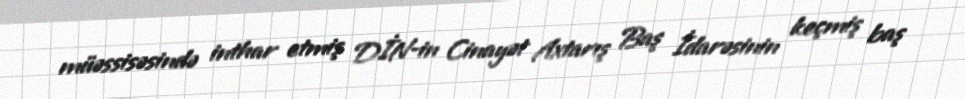
müəssisəsində inthar etmiş DİN-in Cinayət Axtarış Baş İdarəsinin keçmiş baş